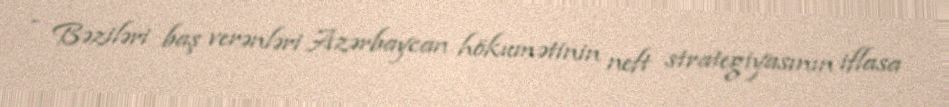
- Bəziləri baş verənləri Azərbaycan hökumətinin neft strategiyasının iflasa